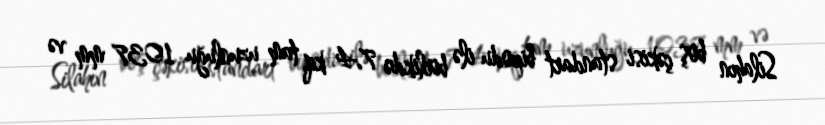
Silahın boş çəkisi standart bipodu ilə birlikdə 7.4 kq, tam uzunluğu 1037 mm və